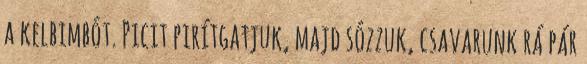
a kelbimbót. Picit pirítgatjuk, majd sózzuk, csavarunk rá pár